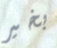
بخير